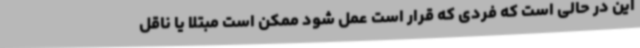
این در حالی است که فردی که قرار است عمل شود ممکن است مبتلا یا ناقل